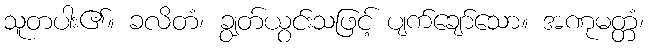
သူတပါး၏။ ခလိတံ၊ ချွတ်ယွင်းသဖြင့် ပျက်ချော်သော။ အဏုမတ္တံ၊